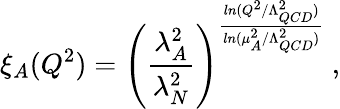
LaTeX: \xi_{A}(Q^{2})=\left(\frac{\lambda_{A}^{2}}{\lambda_{N}^{2}}\right)^{\frac{ln(Q^{2}/\Lambda_{QCD}^{2})}{ln(\mu_{A}^{2}/\Lambda_{QCD}^{2})}}~,